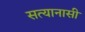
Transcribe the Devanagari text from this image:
सत्यानासी